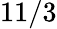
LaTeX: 11/3